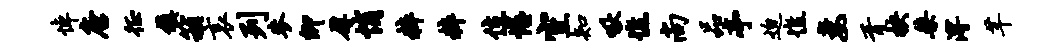
悼唐徵镇箱哀列麦卿厚悄粹粹位惺空知啾憔尚品亭迫憔妻胥抉桀溥芊